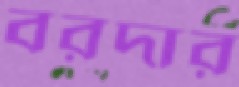
বরদার